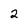
Character: 2